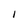
Character: I